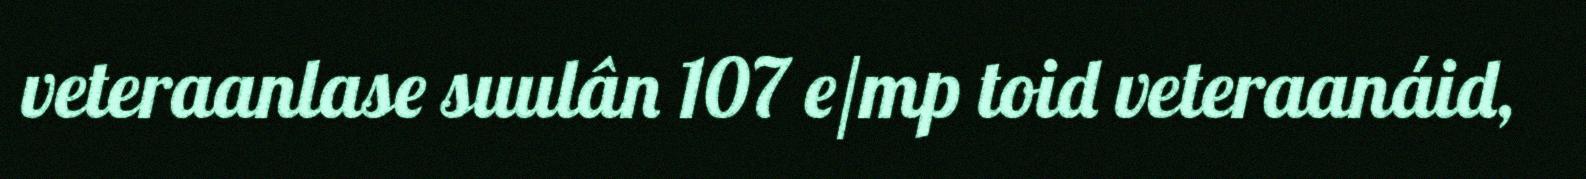
veteraanlase suulân 107 e/mp toid veteraanáid,